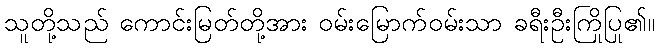
သူတို့သည် ကောင်းမြတ်တို့အား ဝမ်းမြောက်ဝမ်းသာ ခရီးဦးကြိုပြု၏။